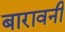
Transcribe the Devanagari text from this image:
बारावनी